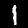
Digit: 1